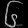
Digit: ၆